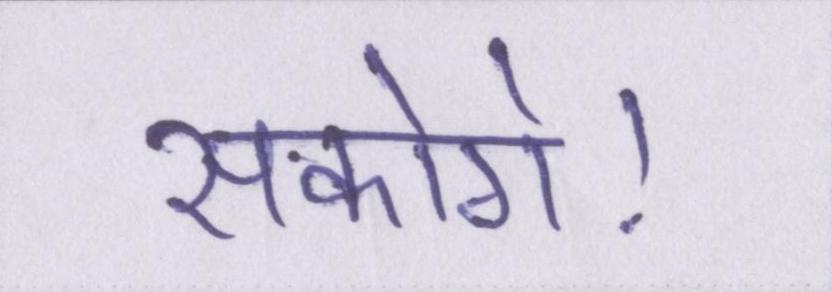
सकोगे।